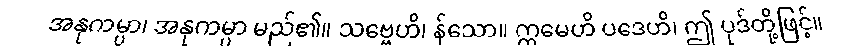
အနုကမ္ပာ၊ အနုကမ္ပာ မည်၏။ သဗ္ဗေဟိ၊ န်သော။ ဣမေဟိ ပဒေဟိ၊ ဤ ပုဒ်တို့ဖြင့်။